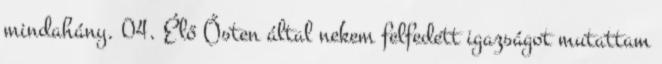
mindahány. 04. Élő Ősten által nekem felfedett igazságot mutattam